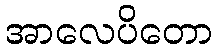
အာလေပိတော